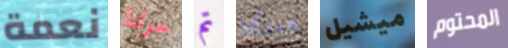
نعمة حولنا تم هيربي ميشيل المحتوم